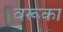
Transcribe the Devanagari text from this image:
वरूका